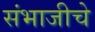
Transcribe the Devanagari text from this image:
संभाजीचे